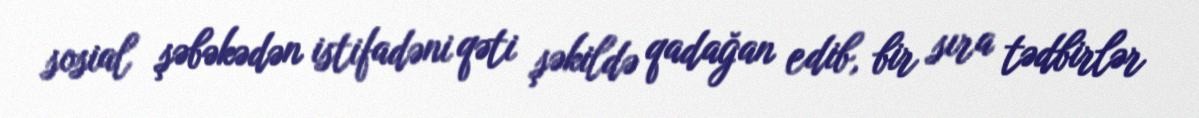
sosial şəbəkədən istifadəni qəti şəkildə qadağan edib, bir sıra tədbirlər